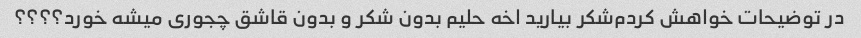
در توضیحات خواهش کردم‌شکر بیارید اخه حلیم بدون شکر و بدون قاشق چجوری میشه خورد؟؟؟؟